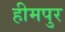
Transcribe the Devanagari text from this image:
हीमपुर